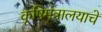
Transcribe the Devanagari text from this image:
कृषिमंत्रालयाचे